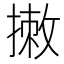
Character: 𢲆